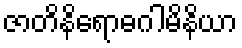
ဇာတိနိရောဓဂါမိနိယာ